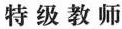
特级教师